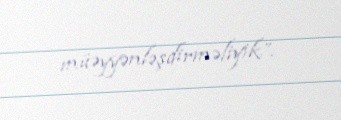
müəyyənləşdirməliyik”.